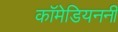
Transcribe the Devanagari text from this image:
कॉमेडियननी